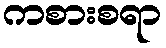
ကစားစရာ